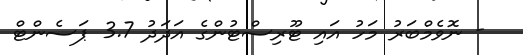
- ނޮވެމްބަރު މަހު އައި ޓޫރިސްޓުންގެ އަދަދު 3.7 ޕަސެންޓް